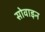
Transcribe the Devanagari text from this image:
सोवाइन